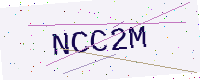
Text: NCC2M